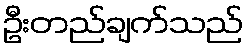
ဦးတည်ချက်သည်